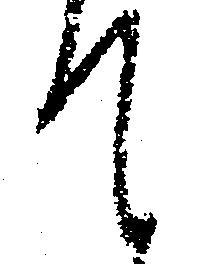
て